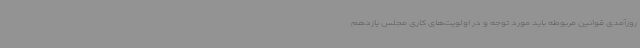
روزآمدی قوانین مربوطه باید مورد توجه و در اولویت‌های کاری مجلس یازدهم